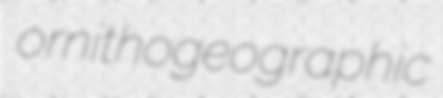
ornithogeographic